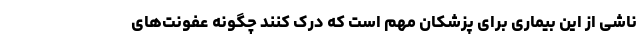
ناشی از این بیماری برای پزشکان مهم است که درک کنند چگونه عفونت‌های